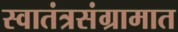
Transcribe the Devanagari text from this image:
स्वातंत्रसंग्रामात